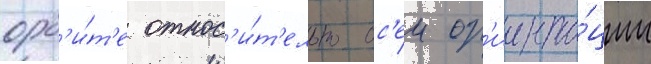
орб'и́т'е относ'и́т'ельно ос'еи ор'иента́ции